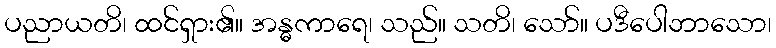
ပညာယတိ၊ ထင်ရှား၏။ အန္ဓကာရေ၊ သည်။ သတိ၊ သော်။ ပဒီပေါဘာသော၊